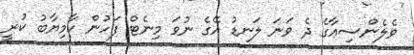
ވެލެންސިއާގެ ދެ ވަނަ ލަނޑު އޭގެ ނުވަ މިނެޓް ފަހުން ކާމިޔާބު ކުރީ